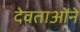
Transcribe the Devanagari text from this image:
देवताओंने